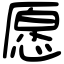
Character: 愿